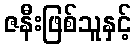
ဇနီးဖြစ်သူနှင့်